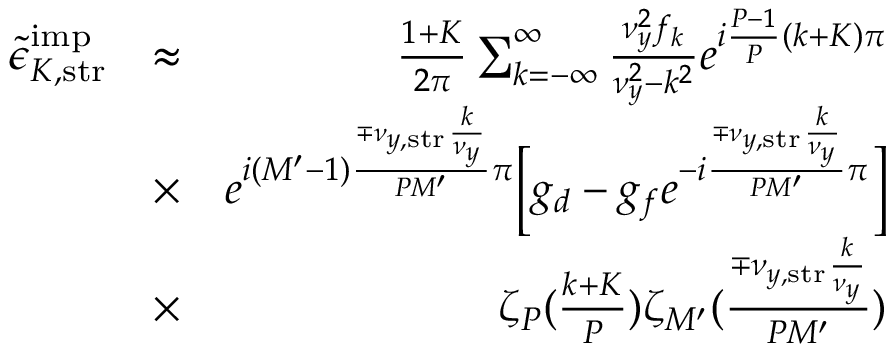
\begin{array} { r l r } { \tilde { \epsilon } _ { K , \mathrm { s t r } } ^ { \mathrm { i m p } } } & { \approx } & { \frac { 1 + K } { 2 \pi } \sum _ { k = - \infty } ^ { \infty } \frac { \nu _ { y } ^ { 2 } f _ { k } } { \nu _ { y } ^ { 2 } - k ^ { 2 } } e ^ { i \frac { P - 1 } { P } ( k + K ) \pi } } \\ & { \times } & { e ^ { i ( M ^ { \prime } - 1 ) \frac { \mp \nu _ { y , \mathrm { s t r } } \frac { k } { \nu _ { y } } } { P M ^ { \prime } } \pi } \Bigl [ g _ { d } - g _ { f } e ^ { - i \frac { \mp \nu _ { y , \mathrm { s t r } } \frac { k } { \nu _ { y } } } { P M ^ { \prime } } \pi } \Bigr ] } \\ & { \times } & { \zeta _ { P } ( \frac { k + K } { P } ) \zeta _ { M ^ { \prime } } ( \frac { \mp \nu _ { y , \mathrm { s t r } } \frac { k } { \nu _ { y } } } { P M ^ { \prime } } ) } \end{array}